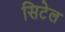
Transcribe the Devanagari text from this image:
सिटेल